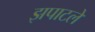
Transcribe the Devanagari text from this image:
झपाटले